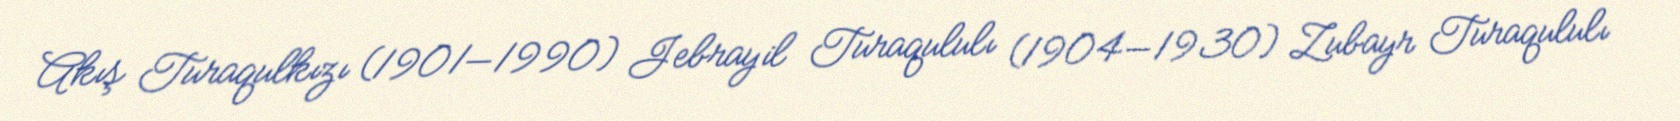
Akış Turaqulkızı (1901—1990) Jebrayil Turaqululı (1904—1930) Zubayr Turaqululı